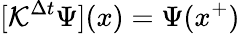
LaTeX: [\mathcal{K}^{\Delta t}\Psi](x)=\Psi(x^{+})